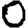
Digit: 0